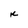
Character: K